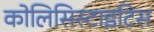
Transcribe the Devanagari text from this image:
कोलिसिस्टाइटिस